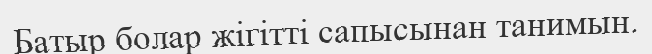
Батыр болар жігітті сапысынан танимын.